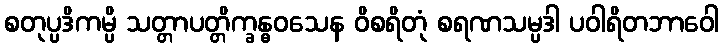
စတုပ္ပဒိကမ္ပိ သတ္တာပတ္တိက္ခန္ဓဝသေန ဝိစရိတုံ စရဏသမ္ပဒါ ပဝါရိတဘာဝေါ